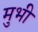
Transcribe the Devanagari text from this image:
मुभी